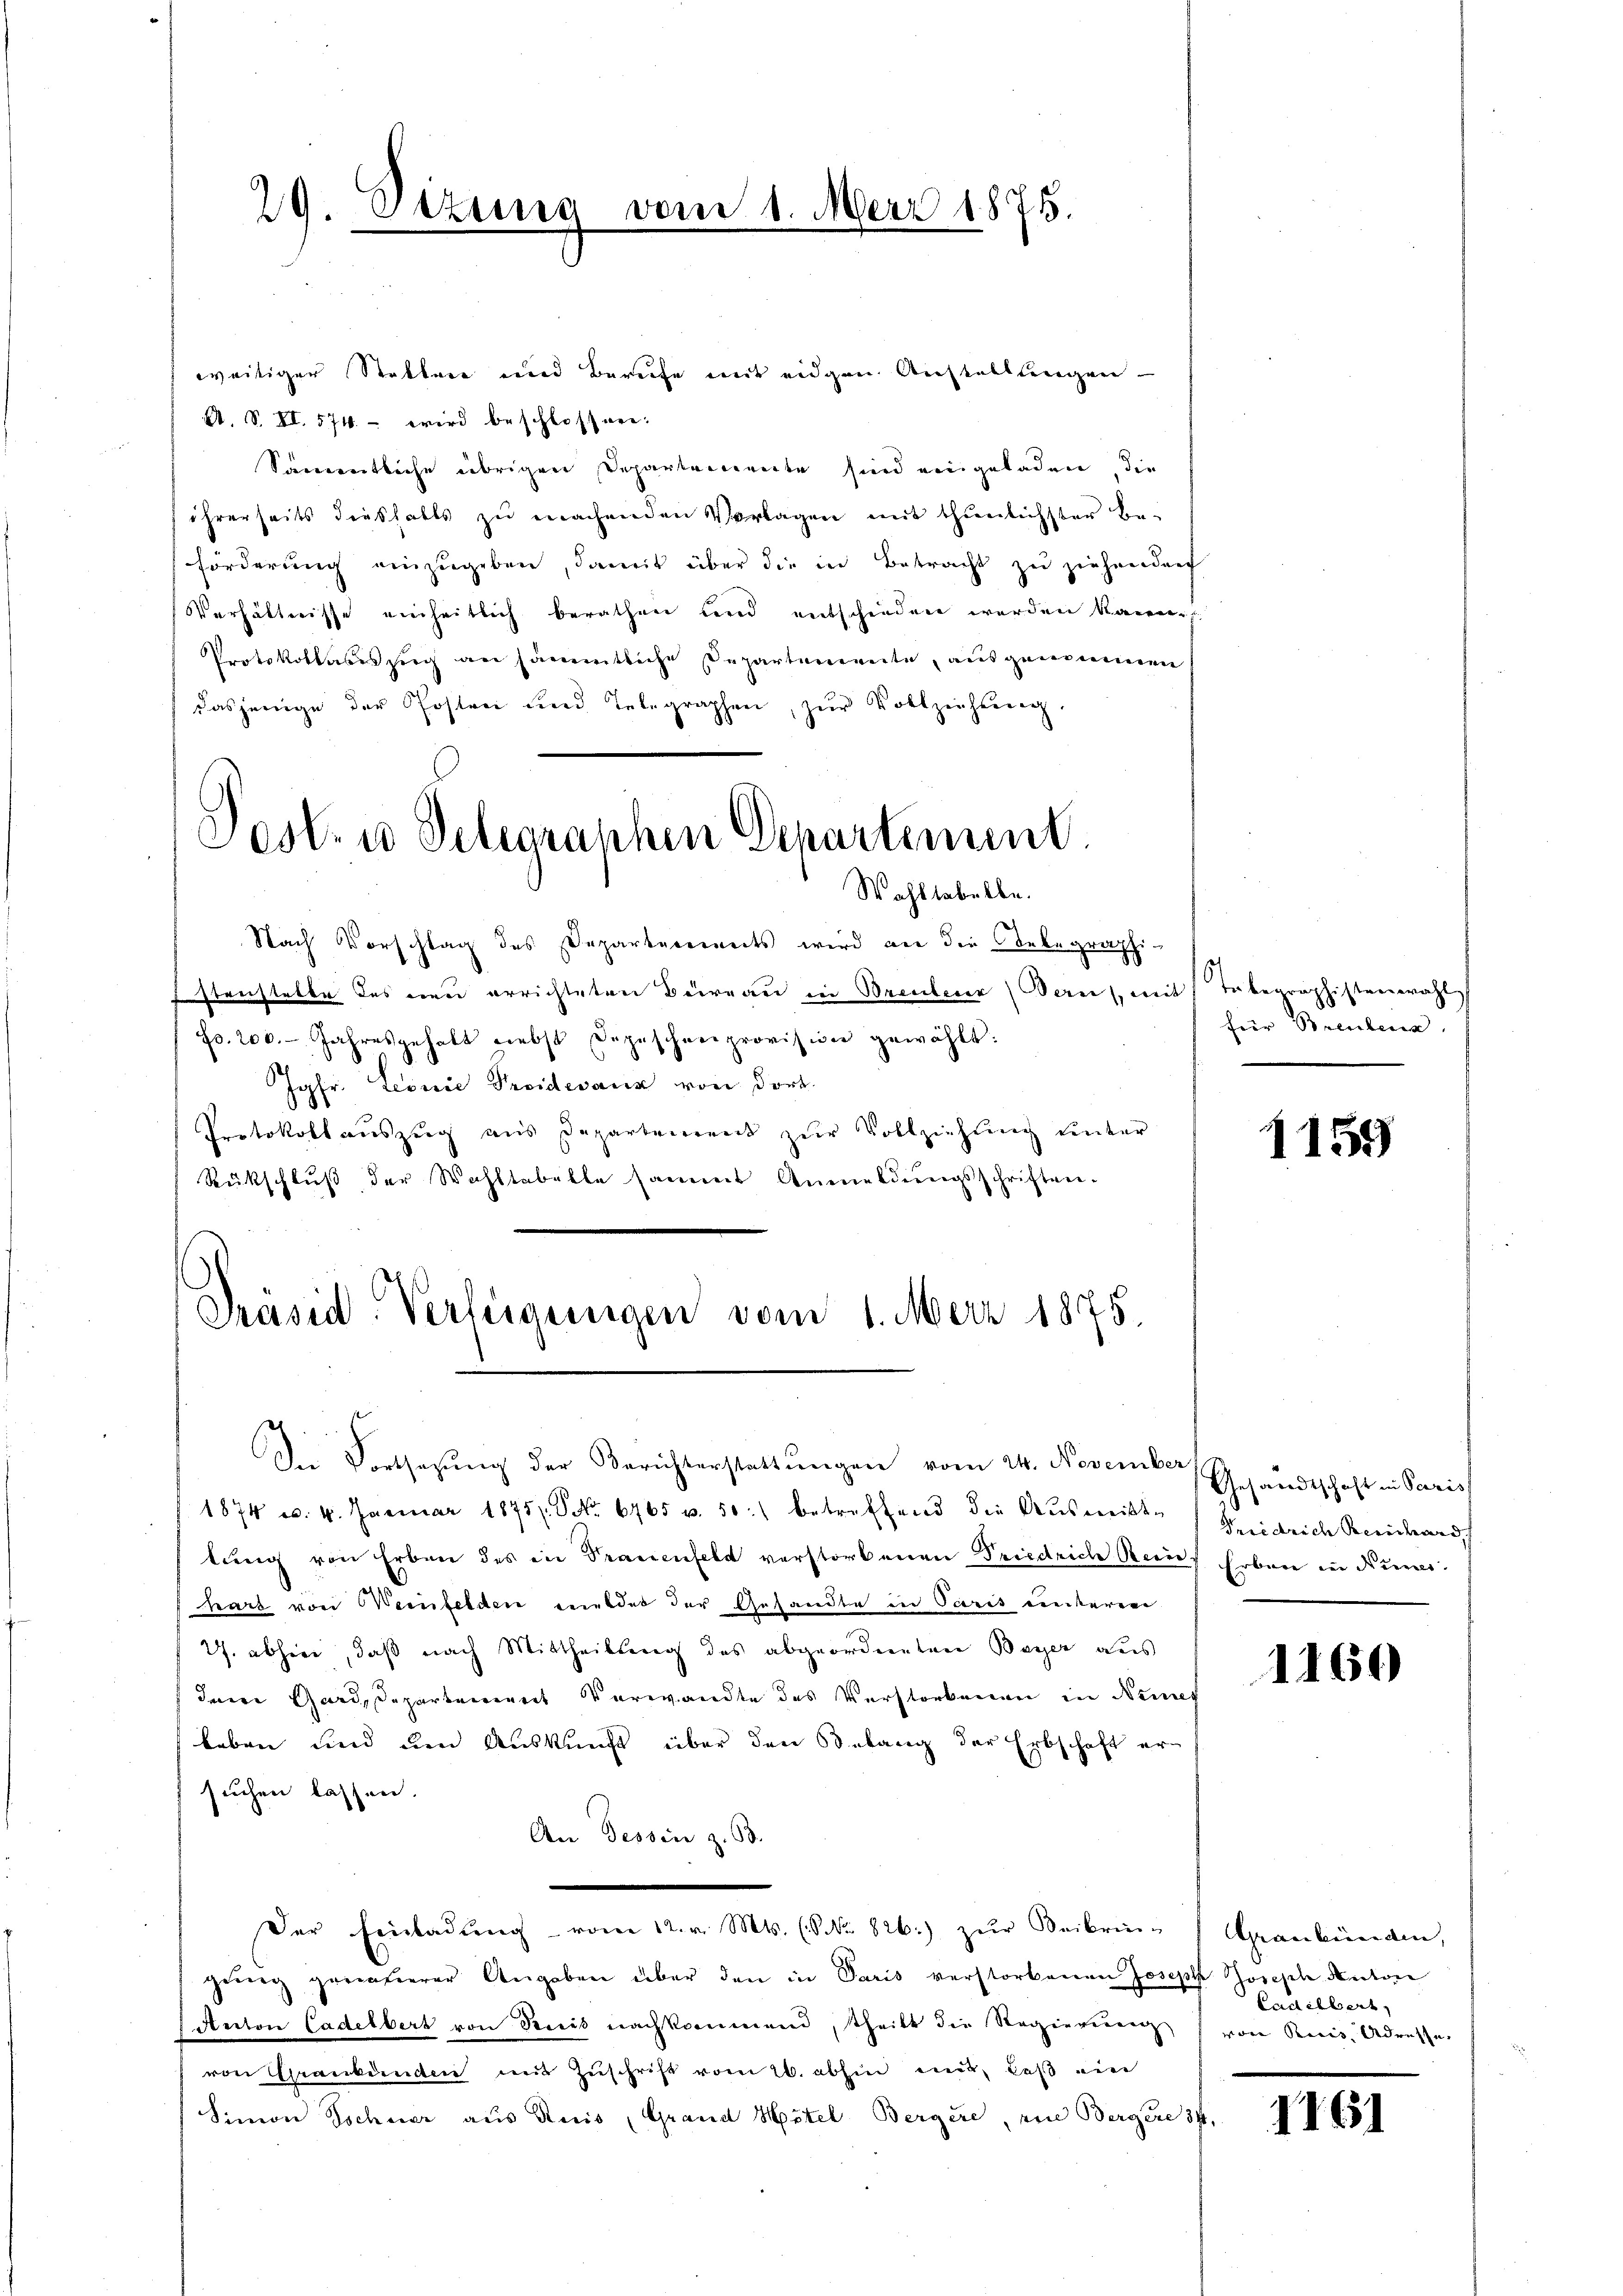
29. Dezung vom 1. März 1875.

weitiger Statten und Berufe mit eidgen Anstellungen
A. S. XI. 574. – wird beschlossen:
Sämereitliche übrigen Departemente sind eingeladen, die
ihrerseits diesfalls zu machenden Vorlagen mit thunlichster Be-
Förderung einzugeben, damit über die in Betracht zu ziehenden
Verhältnisse einheitlich berathen und entschieden werden kann.
Protokollatesserg an sämmtliche Departemente, ausgenommen
dasjenige der Posten und Telegraphen, zŭr Vollziehung.
Posten Telegraphen Departement.

Wahltabelbe.

Nach Vorschlag des Departements wird an die Contegraphi
stenstette des neu errichteten Büreau in Brenteur (Bern, u
Fo. 200. Jahresgehalt nebst Depeschenprovision gewählt:
Jgfr. Linie Proidevanz von dort.
Protokoll auszug aus Departenrent zur Vollziehung unter
Rückschluß der Wohltabelle sammt Anmeldungsschriften.
Präsid. Verlegungen vom 1. März 1875.

Der Fortsazung der Berichterstattungen vom 24. November
1874 u. 4. Januar 1875. No. 6765 u. 50. betreffend die Aŭsmitt-
lung von Erben des in Trauenfeld verstorbenen Friedrich Reines Erben in Numer-
hart von Weinfelden mildet der Gesandte in Paris unteren
2. abherr, daß nach Mittheilung des abgeordnenten Bayer aus
dene Gardepartement Verwandte des Verstorbenen in Neues
leben und um Auskunft über den Belang der Erbschaft er-
suchen lassen.
An Tessin z. 63.
Der Einladŭng vom 12. v. Mts. (NNo. 826.) zŭr Beibrin-
gŭng genauerer Angaben über den in Paris verstorbenen Joseph Joseph Anton
Anton Ladelbert von Streis nachkommend, theilt die Regierenans
von Graubünden mit Zuschrift vom 26. abhin eint, daß ein
Simon Tschner aus Reis, Grand Mitel Bergere, eine Bergere 34

eit Tobegraphistenwahl
für Brenbena

1159

Gesandtschaft in Paris
Friedrich Berichard,

1160

Graubünden,
Cadilbert,
von Recis Adresse

1161